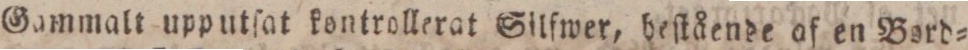
Gammalt upputſat kontrollerat Silſwer, beſtående af en Bord=